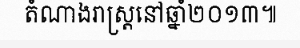
តំណាងរាស្ត្រនៅឆ្នាំ២០១៣៕